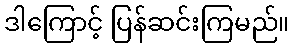
ဒါကြောင့် ပြန်ဆင်းကြမည်။